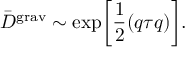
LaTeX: { \bar { D } } ^ { \mathrm { g r a v } } \sim \exp \biggl [ \frac { 1 } { 2 } ( q \tau q ) \biggr ] .